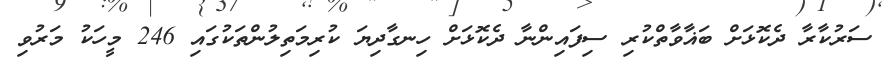
ސަރުކާރާ ދެކޮޅަށް ބަޣާވާތްކުރި ސިފައިންނާ ދެކޮޅަށް ހިނގާދިޔަ ކުރިމަތިލުންތަކުގައި 246 މީހަކު މަރުވި